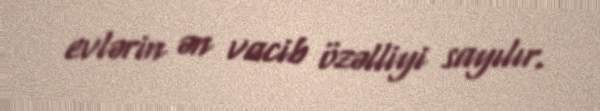
evlərin ən vacib özəlliyi sayılır.